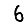
Digit: 6